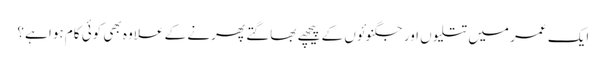
ایک عمر میں تتلیوں اور جگنوئوں کے پیچھے بھاگتے پھرنے کے علاوہ بھی کوئی کام ہوا ہے؟